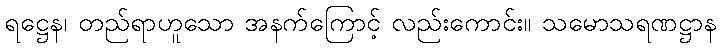
ရဋ္ဌေန၊ တည်ရာဟူသော အနက်ကြောင့် လည်းကောင်း။ သမောသရဏဋ္ဌာန